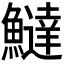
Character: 𬵮